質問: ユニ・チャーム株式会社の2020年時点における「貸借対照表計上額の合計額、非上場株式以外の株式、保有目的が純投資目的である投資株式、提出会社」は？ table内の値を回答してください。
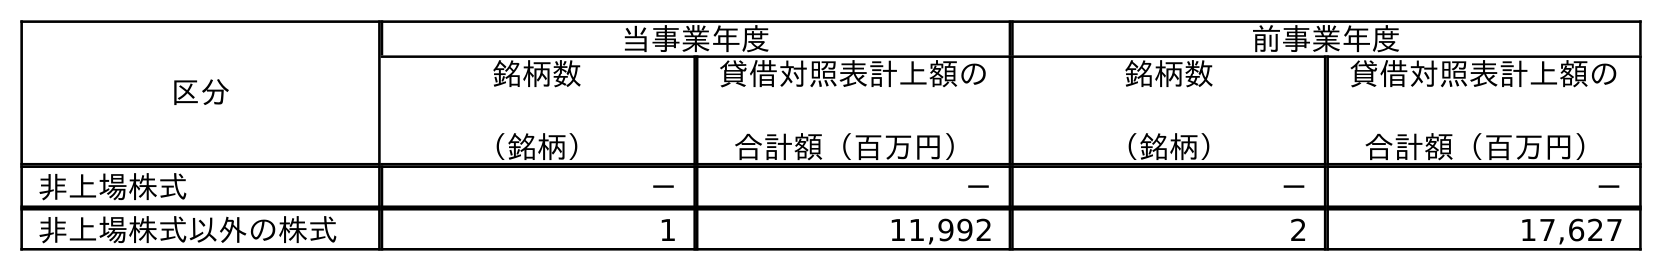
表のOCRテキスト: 区分 当事業年度 前事業年度 銘柄数 （銘柄） 貸借対照表計上額の 合計額（百万円） 銘柄数 （銘柄） 貸借対照表計上額の 合計額（百万円） 非上場株式 － － － － 非上場株式以外の株式 1 11,992 2 17,627
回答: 11,992